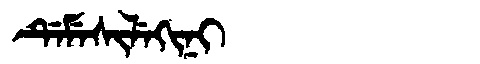
Manchu: ᡩᡝᠮᡝᠰᡳᠯᡝᡴᡳᠨᡳ
Romanization: DEMESILEKINI